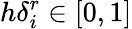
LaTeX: h\delta_{i}^{r}\in[0,1]